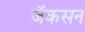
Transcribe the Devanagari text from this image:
जॅकसन